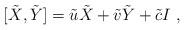
LaTeX: \begin{align*}{[\tilde X,\tilde Y]}=\tilde u \tilde X+\tilde v \tilde Y+\tilde c I \ ,\end{align*}